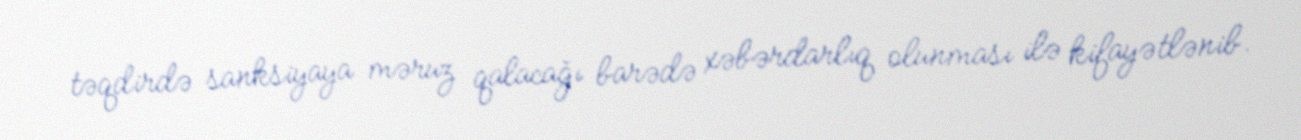
təqdirdə sanksiyaya məruz qalacağı barədə xəbərdarlıq olunması ilə kifayətlənib.